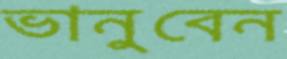
ভানুবেন